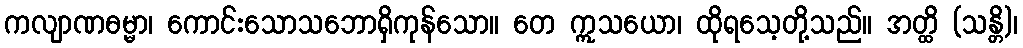
ကလျာဏဓမ္မာ၊ ကောင်းသောသဘောရှိကုန်သော။ တေ ဣသယော၊ ထိုရသေ့တို့သည်။ အတ္ထိ (သန္တိ)၊